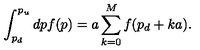
\int _ { p _ { d } } ^ { p _ { u } } d p f ( p ) = a \sum _ { k = 0 } ^ { M } f ( p _ { d } + k a ) .